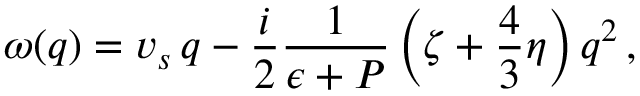
\omega ( q ) = v _ { s } \, q - \frac i 2 \frac 1 { \epsilon + P } \left( \zeta + \frac 4 3 \eta \right) q ^ { 2 } \, ,